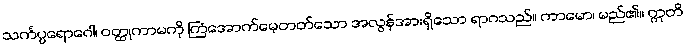
သင်္ကပ္ပရောဂေါ၊ ဝတ္ထုကာမကို ကြံအောက်မေ့တတ်သော အလွန်အားရှိသော ရာဂသည်။ ကာမော၊ မည်၏။ ဣတိ